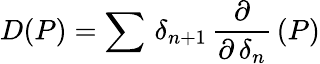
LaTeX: D(P)=\sum\, \delta_{n+1}\, {\frac{\partial}{\partial\, \delta_{n}}}\, (P)